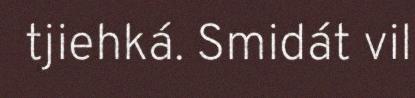
tjiehká. Smidát vil